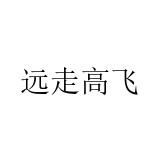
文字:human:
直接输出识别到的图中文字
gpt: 远走高飞